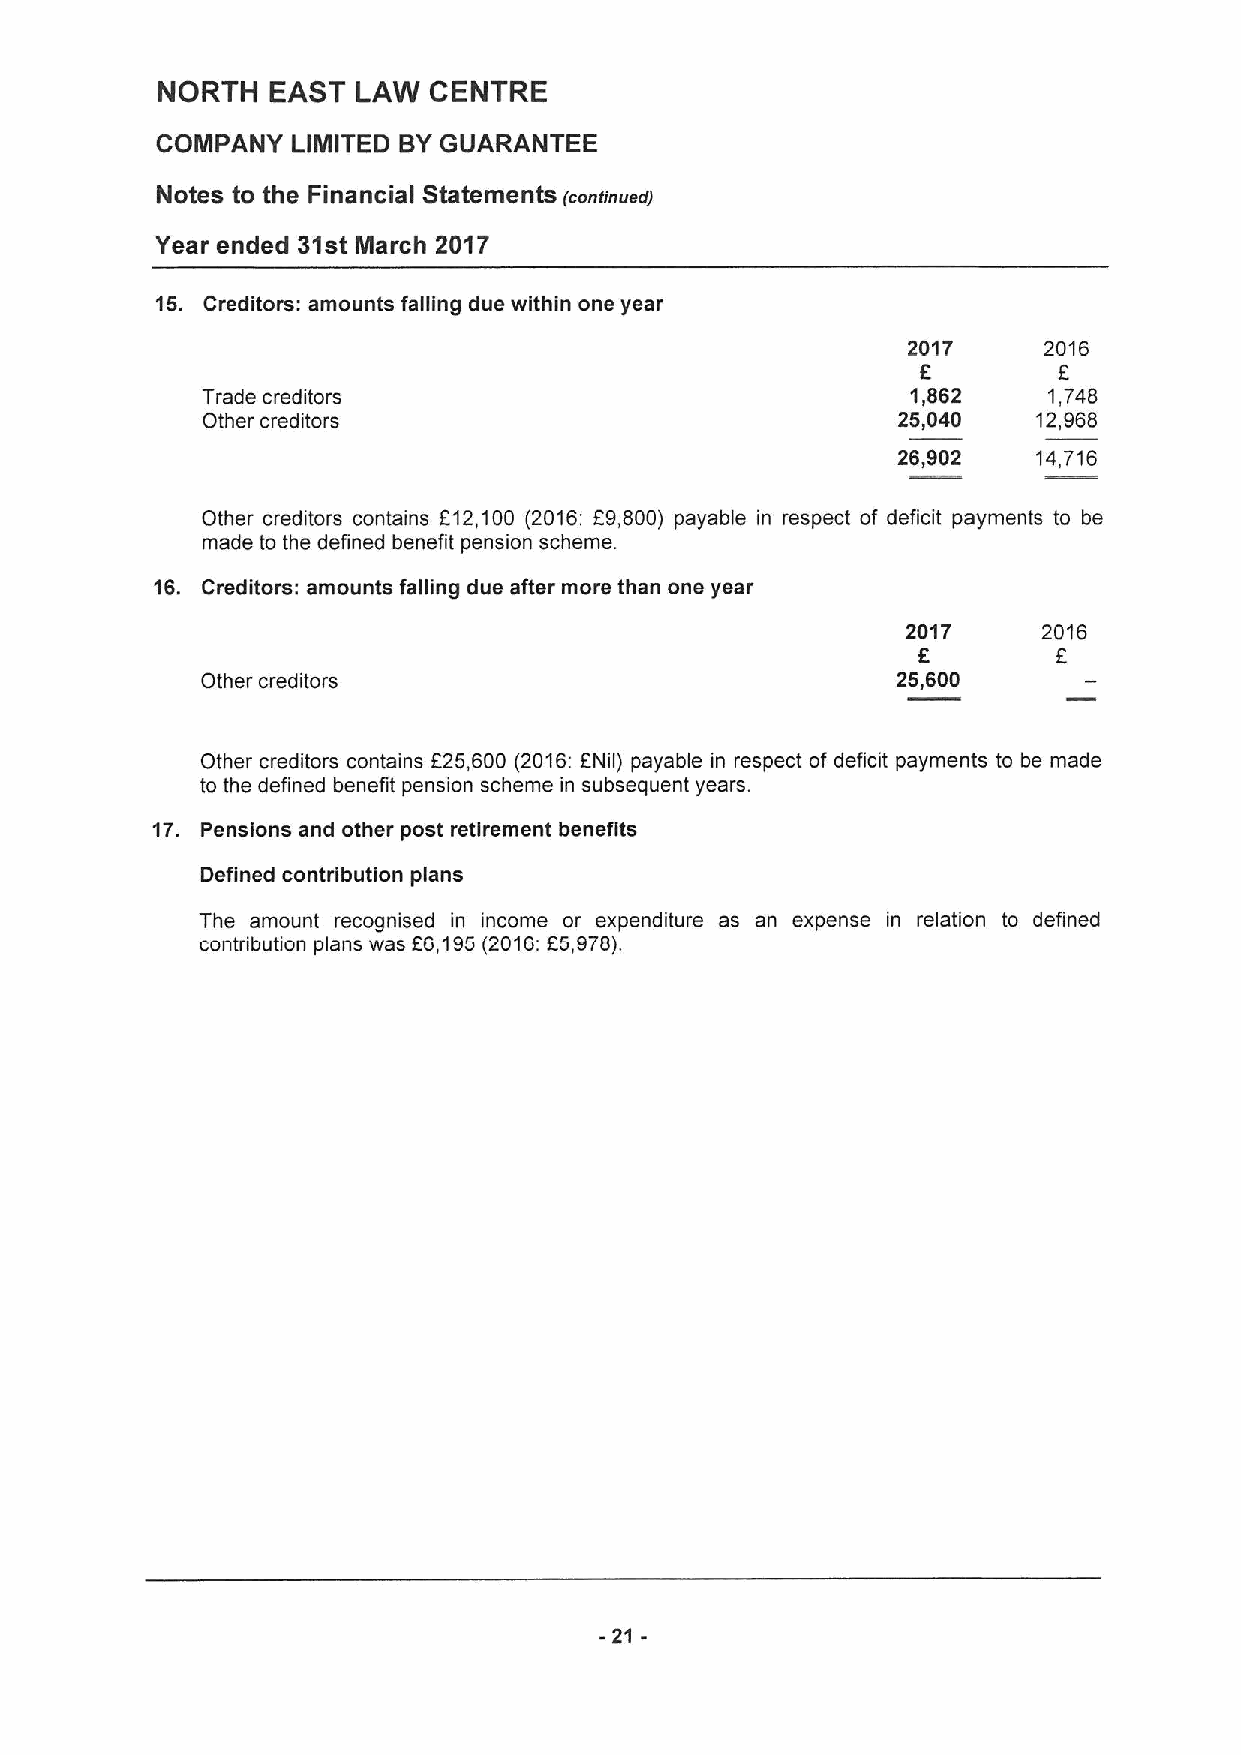
NORTH   EAST  LAW CENTRE
 COMPANY  LIMITED BYGUARANTEE
 NOteS tO the FinanCial Statemente (continued)
 Year ended 31st March 2017
 15. Creditors: amounts falling due within one year
 2017     2016
 E        E
 Trade creditors                                1,862    1,748
 Other creditors                               25,040    12,968
 26,902    14,716
 Other creditors contains E12,100 (2016; E9,800) payable in respect of deficit payments to be
 made to the defined benefit pension scheme.
 16. Creditors: amounts falling due after more than one year
 2017     2016
 E        E
 Other creditors                               25,600
 Other creditors contains E25,600 (2016:ENil) payable in respect of deficit payments to be made
 to the defined benefit pension scheme in subsequent years.
 17. pensions and other post retirement benefits
 Defined contribution plans
 The amount recognised in income or expenditure as an expense in relation to defined
 contribution plans was E6,195(2016:E5,978).
 -21-